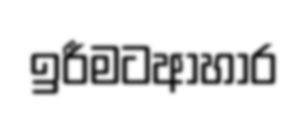
ඉරීමටආහාර